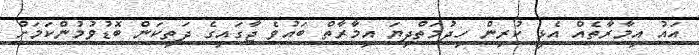
އައު އިމާރާތެއް އެޅީ ކުރިން ހިދުމަތްދިޔަ އިމާރާތް ބައުވެ ޖާގައިގެ ދަތިކަން ބޮޑުވުމުންކަމަށް